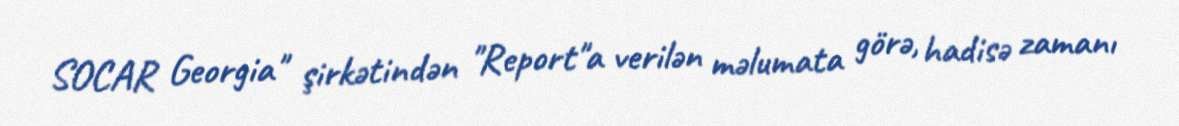
SOCAR Georgia" şirkətindən "Report"a verilən məlumata görə, hadisə zamanı